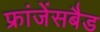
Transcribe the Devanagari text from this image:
फ्रांजेंसबैड